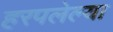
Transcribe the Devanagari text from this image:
हरपलेल्या